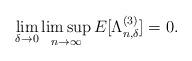
LaTeX: \begin{align*} \lim_{\delta \rightarrow 0}\limsup_{n\rightarrow \infty} E[\Lambda^{(3)}_{n,\delta}]=0. \end{align*}